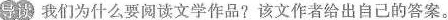
导读 我们为什么要阅读文学作品?该文作者给出自己的答案。